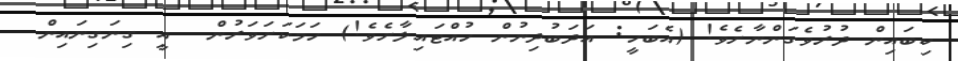
ކިބައިން ދުރުވެގަންނާށެވެ! (އެބަހީ: އަދަބުދިނުން ހުއްޓައިލާށެވެ!) ހަމަކަށަވަރުން  އީ ގިނަގިނައިން